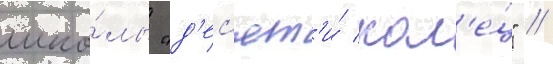
шко́лы "д'ес'ят'и́ кол'е́ц" //